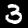
Label: 3